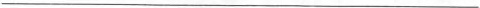
___